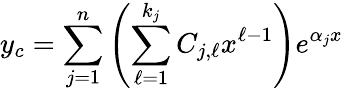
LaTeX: y_{c}=\sum_{j=1}^{n}\left(\sum_{\ell=1}^{k_{j}}C_{j,\ell}x^{\ell-1}\right)e^{\alpha_{j}x}\,